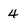
Character: 4